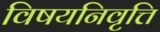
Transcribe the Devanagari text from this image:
विषयनिवृत्ति